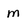
Character: m